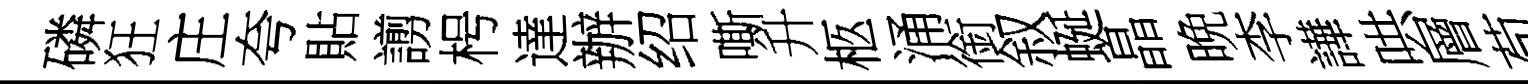
磷狂庄夸貼謭枵達辦绍嘶升柩涌銜叙蜒晶晩李譁哄層苟